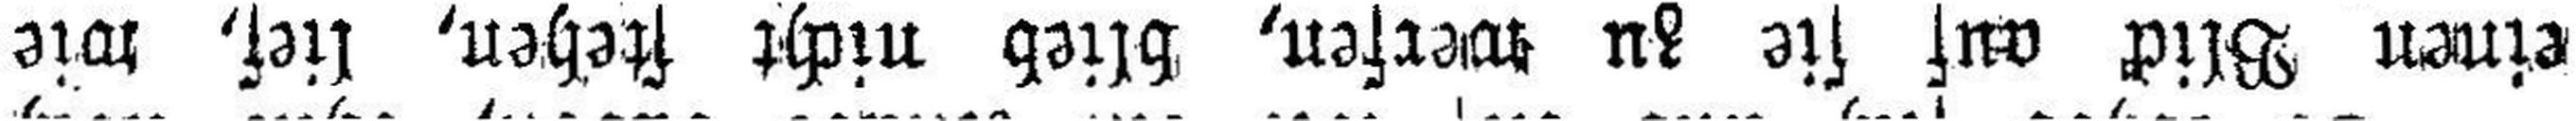
einen Blick auf sie zu werfen, blieb nicht stehen, lief, wie